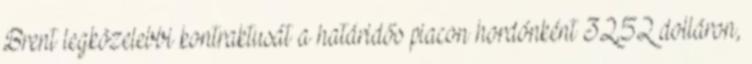
Brent legközelebbi kontraktusát a határidős piacon hordónként 32,52 dolláron,